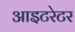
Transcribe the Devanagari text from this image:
आइटरेटर